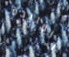
المبيدة